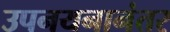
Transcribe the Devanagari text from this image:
उपनयनानंतर